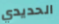
الحديدي